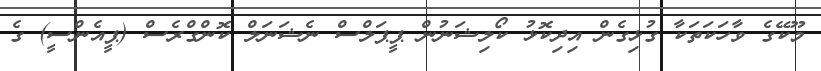
މޫކޭގެ ވާހަކަތަކާ ގުޅިގެން އިދިކޮޅު ކޯލިޝަނުން ޕީޕަލްސް ނެޝަނަލް ކޮންގްރެސް (ޕީއެންސީ) ގެ